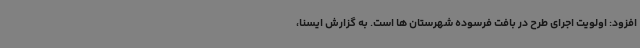
افزود: اولویت اجرای طرح در بافت فرسوده شهرستان ها است. به گزارش ایسنا،